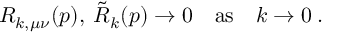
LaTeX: R _ { k , \mu \nu } ( p ) , \: \tilde { R } _ { k } ( p ) \to 0 \quad \mathrm { a s } \quad k \to 0 \: .